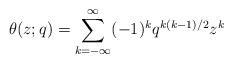
LaTeX: \begin{align*}\theta(z;q)=\sum_{k=-\infty}^\infty(-1)^kq^{k(k-1)/2}z^k \end{align*}